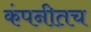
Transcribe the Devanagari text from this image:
कंपनीतच